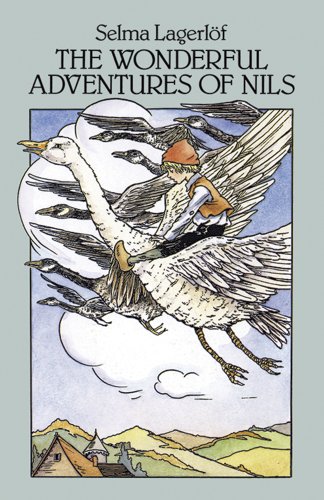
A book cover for The Wonderful Adventures of Nils (Dover Children's Classics); Selma Lagerlof; Children's Books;